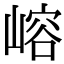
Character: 嵱